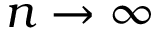
n \to \infty